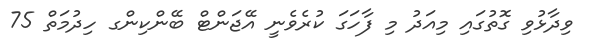
ވިދާޅުވި ގޮތުގައި މިއަދު މި ފާހަގަ ކުރެވެނީ އޭޖަންޓް ބޭންކިންގ ހިދުމަތް 75